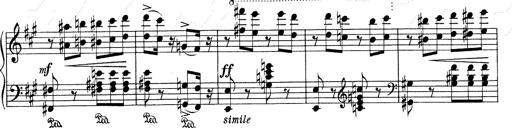
Title: Mephisto Waltz No.1
Composer: Franz Liszt